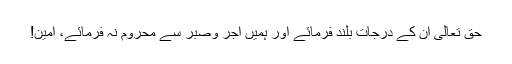
حق تعالیٰ ان کے درجات بلند فرمائے اور ہمیں اجر وصبر سے محروم نہ فرمائے، آمین!